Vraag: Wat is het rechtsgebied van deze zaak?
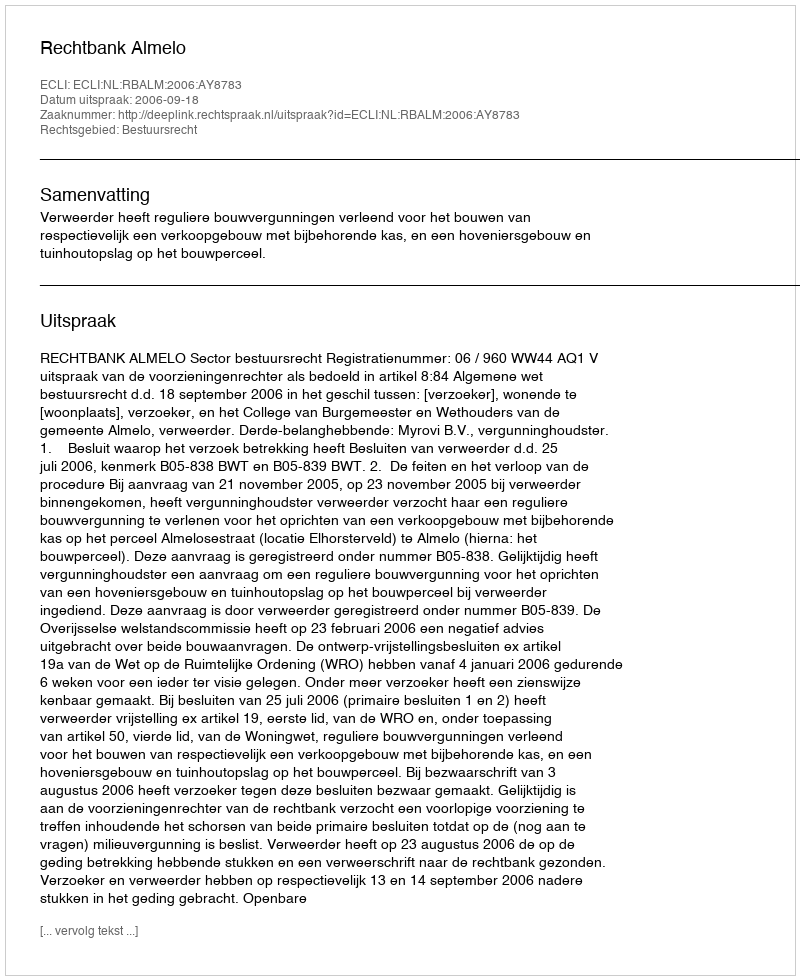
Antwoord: Bestuursrecht